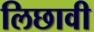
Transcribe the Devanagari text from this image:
लिछावी